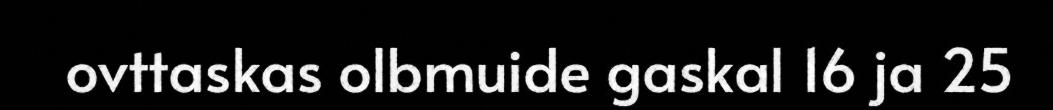
ovttaskas olbmuide gaskal 16 ja 25